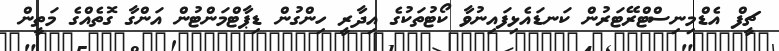
ޗީފް އެޑްމިނިސްޓްރޭޓަރުން ކަނޑައެޅިފައިނުވާ ކޯޓުތަކުގެ އިދާރީ ހިންގުން ޑިޕާޓްމަންޓުން އަންގާ ގޮތެއްގެ މަތީން